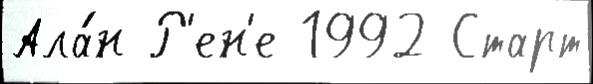
Ала́н Р'ен'е 1992 Старт